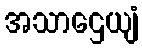
အသာဌေယျံ